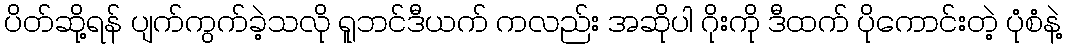
ပိတ်ဆို့ရန် ပျက်ကွက်ခဲ့သလို ရူဘင်ဒီယက် ကလည်း အဆိုပါ ဂိုးကို ဒီထက် ပိုကောင်းတဲ့ ပုံစံနဲ့